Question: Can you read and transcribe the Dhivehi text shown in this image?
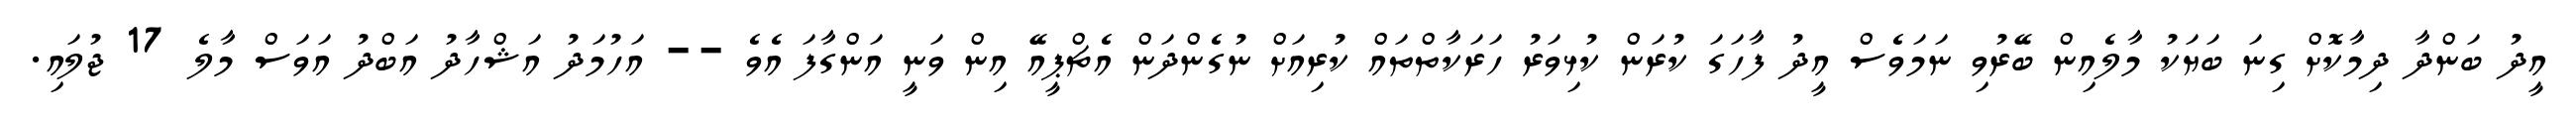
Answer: އީދު ބަންދާ ދިމާކޮށް ގިނަ ބަޔަކު މާލެއިން ބޭރުވި ނަމަވެސް އީދު ފާހަގަ ކުރަން ކުޅިވަރު ހަރަކާތްތައް ކުރިއަށް ނުގެންދަން އެޗްޕީއޭ އިން ވަނީ އަންގާފަ އެވެ -- އަހުމަދު އަޝްހާދު އަބްދު އަވަސް މާލެ 17 ޖުލައި.